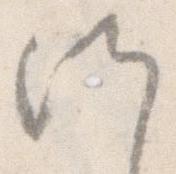
候